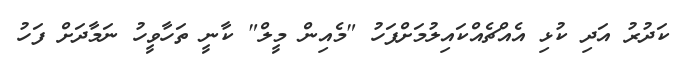
ކަދުރު އަދި ކުޅި އެއްޗެއްކައިލުމަށްފަހު "މެއިން މީލް" ކާނީ ތަހާވީހު ނަމާދަށް ފަހު